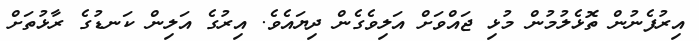
އިރުފެނުން ތޮޅެލުމުން މުޅި ޖައްވަށް އަލިވެގެން ދިޔައެވެ. އިރުގެ އަލިން ކަނޑުގެ ރާޅުތަށް